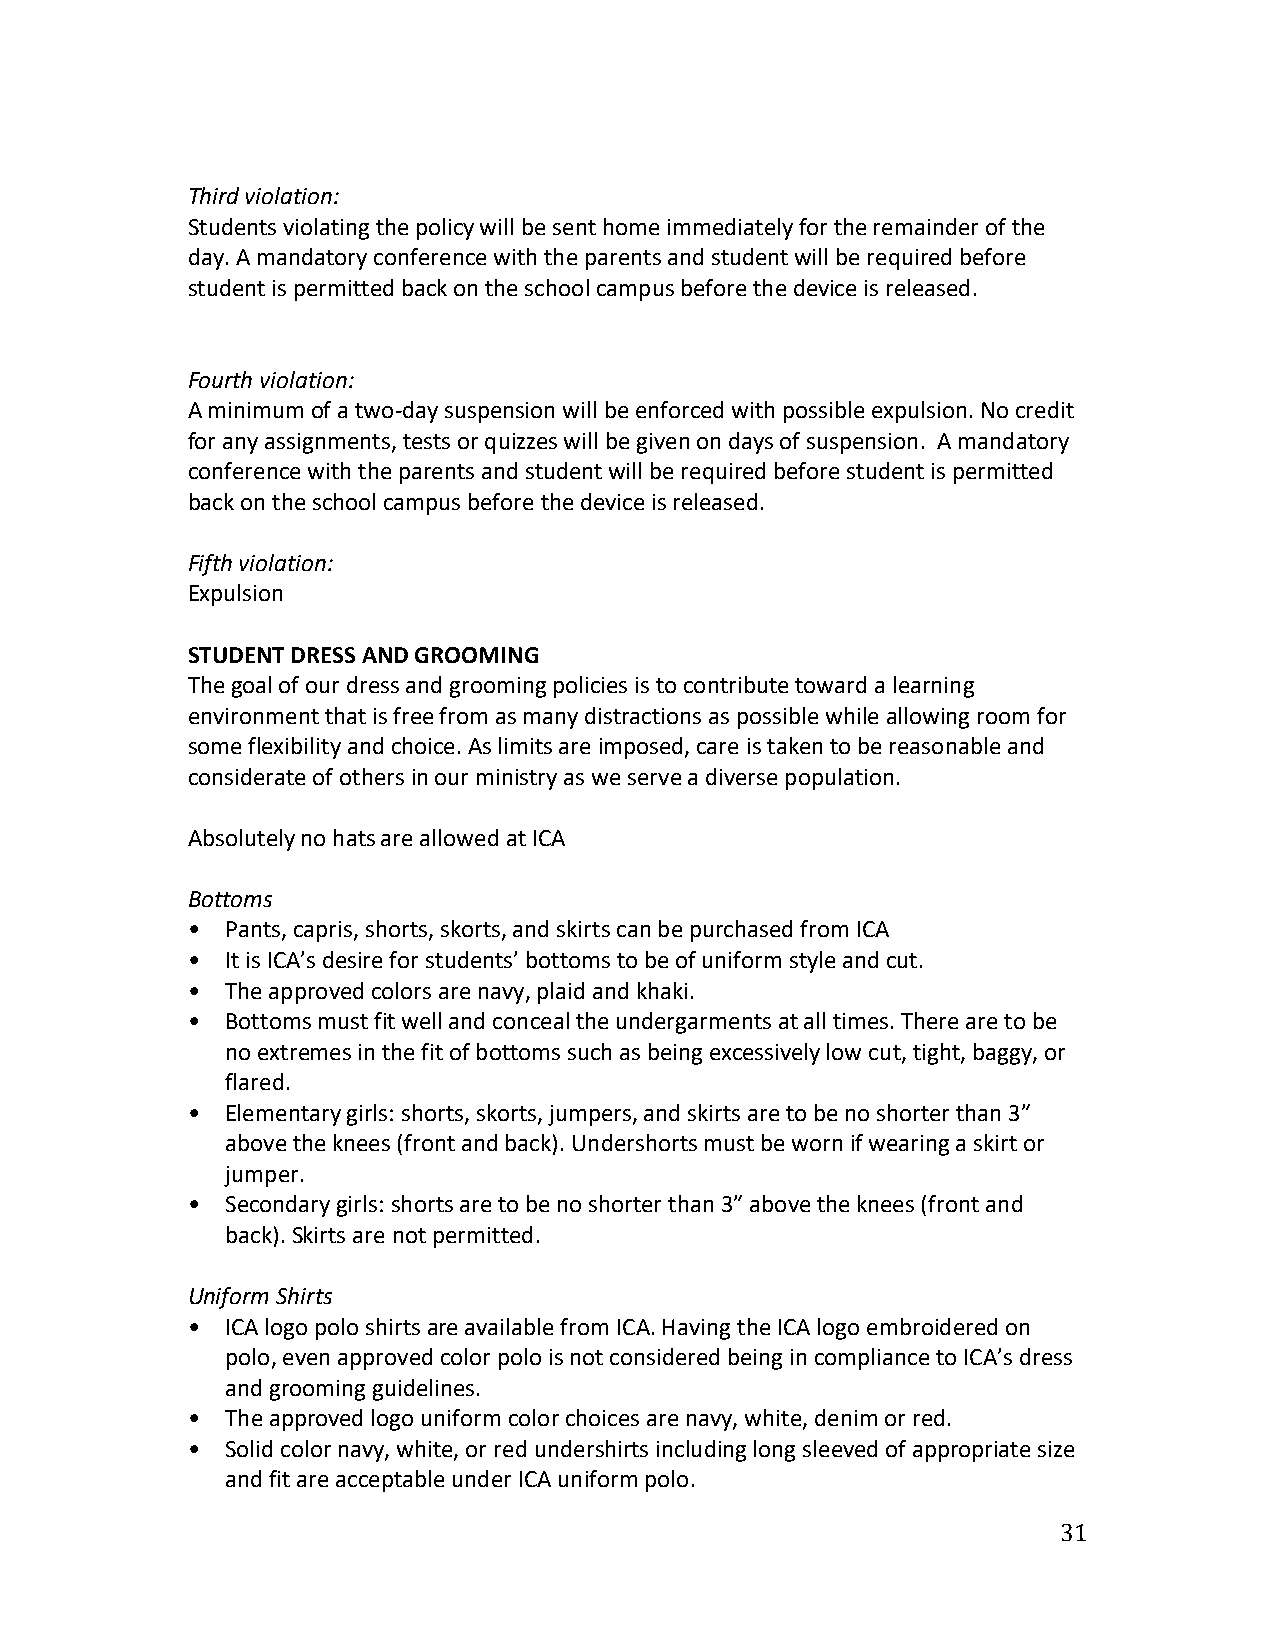
Third violation:
 Students violating the policy will be sent home immediately for the remainder of the
 day. A mandatory conference with the parents and student will be required before
 student is permitted back on the school campus before the device is released.
 Fourth violation:
 A minimum of a two-day suspension will be enforced with possible expulsion. No credit
 for any assignments, tests or quizzes will be given on days of suspension. A mandatory
 conference with the parents and student will be required before student is permitted
 back on the school campus before the device is released.
 Fifth violation:
 Expulsion
 STUDENT DRESS AND GROOMING
 The goal of our dress and grooming policies is to contribute toward a learning
 environment that is free from as many distractions as possible while allowing room for
 some flexibility and choice. As limits are imposed, care is taken to be reasonable and
 considerate of others in our ministry as we serve a diverse population.
 Absolutely no hats are allowed at ICA
 Bottoms
 •  Pants, capris, shorts, skorts, and skirts can be purchased from ICA
 •  It is ICA’s desire for students’ bottoms to be of uniform style and cut.
 •  The approved colors are navy, plaid and khaki.
 •  Bottoms must fit well and conceal the undergarments at all times. There are to be
 no extremes in the fit of bottoms such as being excessively low cut, tight, baggy, or
 flared.
 •  Elementary girls: shorts, skorts, jumpers, and skirts are to be no shorter than 3”
 above the knees (front and back). Undershorts must be worn if wearing a skirt or
 jumper.
 •  Secondary girls: shorts are to be no shorter than 3” above the knees (front and
 back). Skirts are not permitted.
 Uniform Shirts
 •  ICA logo polo shirts are available from ICA. Having the ICA logo embroidered on
 polo, even approved color polo is not considered being in compliance to ICA’s dress
 and grooming guidelines.
 •  The approved logo uniform color choices are navy, white, denim or red.
 •  Solid color navy, white, or red undershirts including long sleeved of appropriate size
 and fit are acceptable under ICA uniform polo.
 31